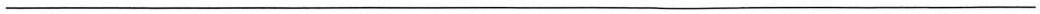
___________